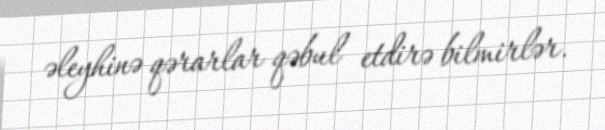
əleyhinə qərarlar qəbul etdirə bilmirlər.